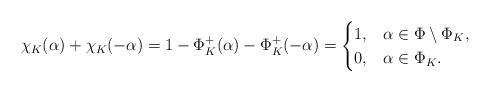
LaTeX: \begin{align*}\chi_K(\alpha) + \chi_K(-\alpha) = 1-\Phi_K^+(\alpha) - \Phi_K^+(-\alpha)=\begin{cases}1,&\alpha\in \Phi\setminus \Phi_K,\\0,&\alpha\in \Phi_K.\end{cases}\end{align*}